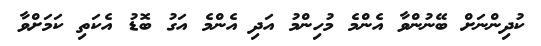
ކުދިންނަށް ބޭނުންވާ އެންމެ މުހިންމު އަދި އެންމެ އަގު ބޮޑު އެކަތި ކަމަށްވާ